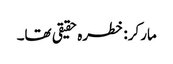
مارکر: خطرہ حقیقی تھا۔